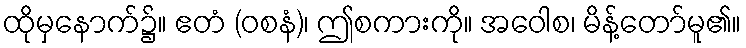
ထိုမှနောက်၌။ ဧတံ (ဝစနံ)၊ ဤစကားကို။ အဝေါစ၊ မိန့်တော်မူ၏။